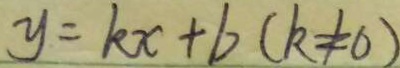
y = k x + b ( k \neq 0 )